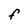
Character: F